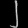
Digit: ၂